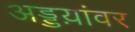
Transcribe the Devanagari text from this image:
अड्डय़ांवर